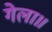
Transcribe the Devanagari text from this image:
गेला॥